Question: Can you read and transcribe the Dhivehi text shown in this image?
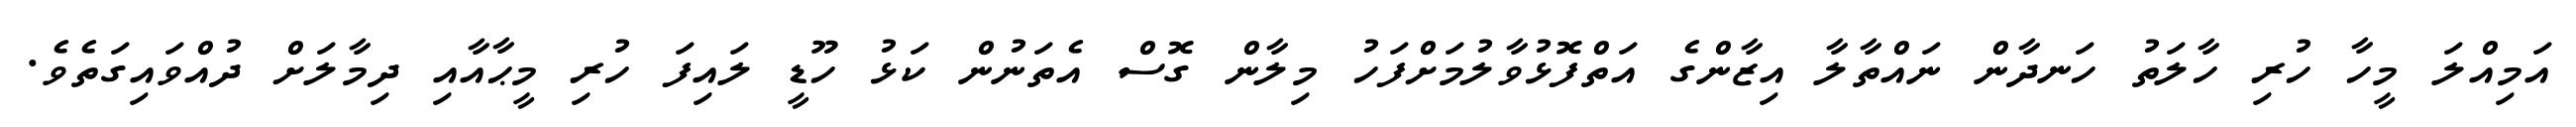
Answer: އަމިއްލަ މީހާ ހުރި ހާލަތު ހަނދާން ނައްތާލާ އިޒާންގެ އަތްފޮޅުވާލުމަށްފަހު މިލާން ގޮސް އެތަނުން ކަޅު ހޫޑީ ލައިފަ ހުރި މީޙާއާއި ދިމާލަށް ދުއްވައިގަތެވެ.